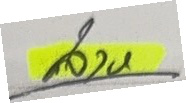
ล่าง